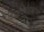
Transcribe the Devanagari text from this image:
कायदेमंडळाचा